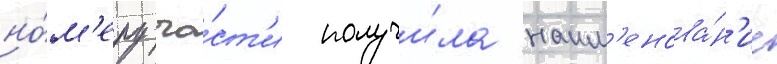
но́м'еру ча́ст'и получи́ла наим'енова́н'ие